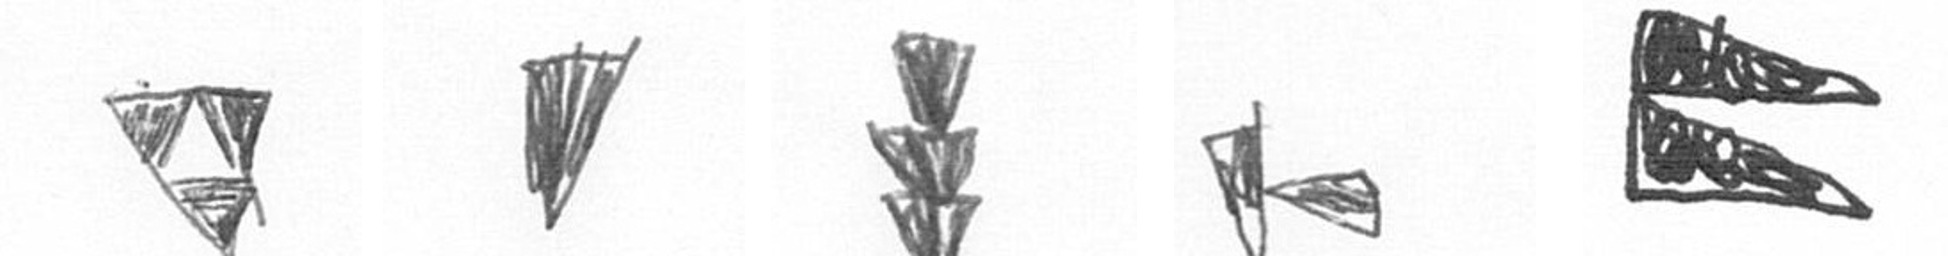
S J E F P